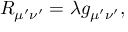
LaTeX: R _ { \mu ^ { \prime } \nu ^ { \prime } } = \lambda g _ { \mu ^ { \prime } \nu ^ { \prime } } ,